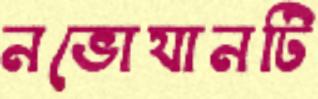
নভোযানটি